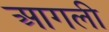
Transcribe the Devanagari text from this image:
आगली